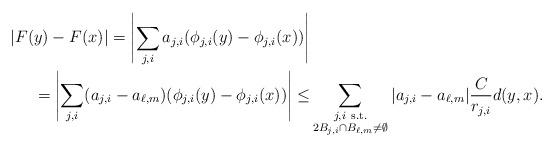
LaTeX: \begin{align*} |F(y)-F(x)| = \left|\sum_{j,i}a_{j,i}(\phi_{j,i}(y)-\phi_{j,i}(x))\right|& \\ = \left|\sum_{j,i}(a_{j,i}-a_{\ell,m})(\phi_{j,i}(y)-\phi_{j,i}(x))\right| \leq &\sum_{\substack{j,i\, \textrm{ s.t.}\\ 2B_{j,i}\cap B_{\ell,m}\ne\emptyset}}|a_{j,i}-a_{\ell,m}|\frac{C}{r_{j,i}}d(y,x). \end{align*}